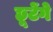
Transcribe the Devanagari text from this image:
छूटेंगे